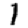
Digit: 1